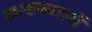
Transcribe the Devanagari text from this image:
काशकादर्यो